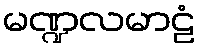
မဏ္ဍလမာဠံ